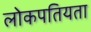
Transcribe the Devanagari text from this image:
लोकपतियता